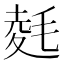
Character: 𭯛